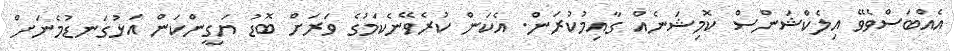
އެއްބަސްވެވޭ އިލެކްޝަންސް ކޮމިޝަނެއް ގާއިމުކުރަން. އެކަން ކުރެވޭނެކަމުގެ ވަރަށް ބޮޑު ޔަގީންކަން އަޅުގަނޑުމެނަށް